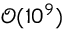
\mathcal { O } ( 1 0 ^ { 9 } )